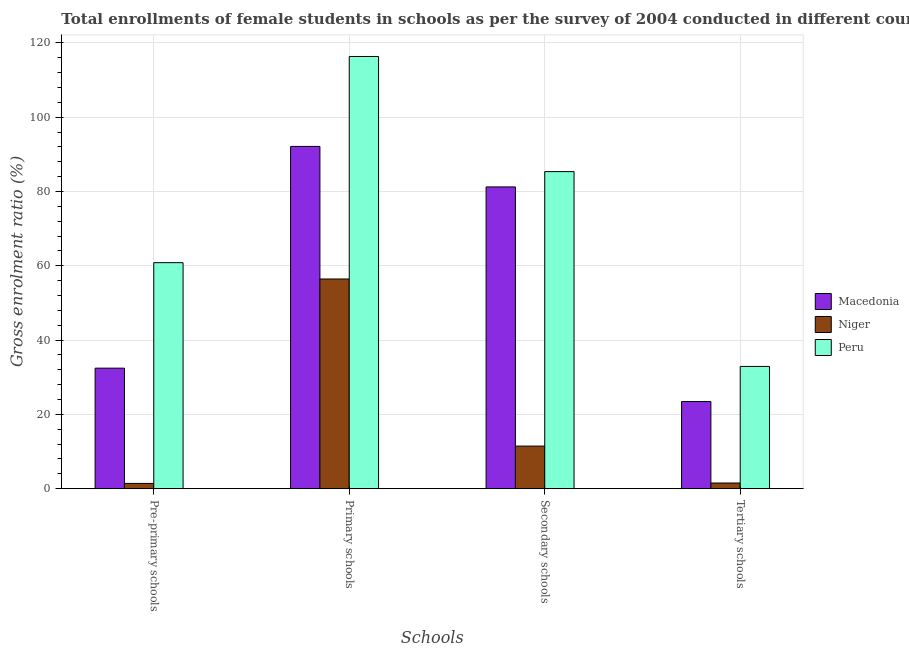
| Schools | Macedonia | Niger | Peru |
 | --- | --- | --- | --- |
 | Pre-primary schools | 32.4 | 1.42 | 60.8 |
 | Primary schools | 92.1 | 56.5 | 116 |
 | Secondary schools | 81.2 | 11.5 | 85.4 |
 | Tertiary schools | 23.5 | 1.52 | 32.9 |